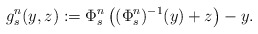
\begin{align*}g^n_s(y,z):=\Phi^n_s \left( (\Phi^{n}_s)^{-1} (y)+z \right)-y.\end{align*}